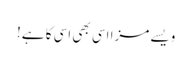
ویسے مزا اسی بھی اسی کا ہے!